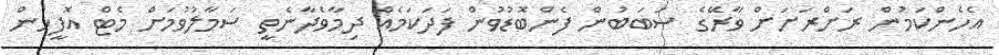
އެހެންކަމުން ރަށްރަށަށް ވާރޭގެ ސަބަބުން ފެންބޮޑުވުން ފަދަކަމެއް ދިމާވެދާނެތީ ސަމާލުވުމަށް މެޓް އޮފީހުން